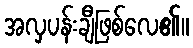
အလှပန်းချီဖြစ်လေ၏။